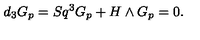
d _ { 3 } G _ { p } = S q ^ { 3 } G _ { p } + H \wedge G _ { p } = 0 .